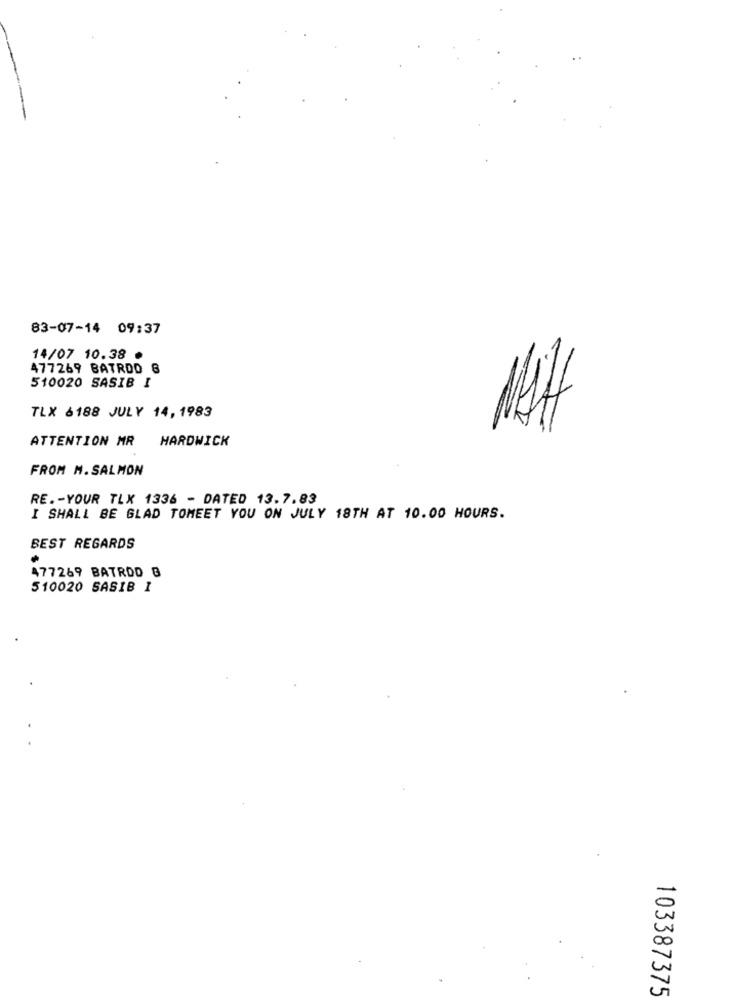
83-07-14 09:37
14/07 10.38 ·
477269 BATRDO 8
510020 SASIB I
TLX 6188 JULY 14, 1983
ATTENTION MR HARDWICK
FROM M. SALMON
RE .- YOUR TLX 1336 - DATED 13.7.83
I SHALL BE GLAD TOMEET YOU ON JULY 18TH AT 10.00 HOURS.
BEST REGARDS
477269 BATRDD B
510020 SASIB I
103387375